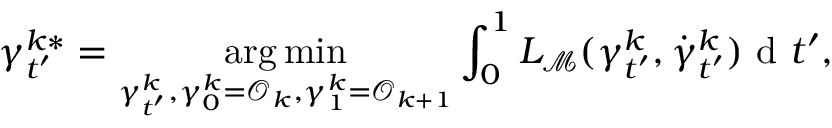
\gamma _ { t ^ { \prime } } ^ { k * } = \underset { \gamma _ { t ^ { \prime } } ^ { k } , \gamma _ { 0 } ^ { k } = \mathcal { O } _ { k } , \gamma _ { 1 } ^ { k } = \mathcal { O } _ { k + 1 } } { \arg \operatorname* { m i n } } \int _ { 0 } ^ { 1 } L _ { { \mathcal { M } } } ( \gamma _ { t ^ { \prime } } ^ { k } , \dot { \gamma } _ { t ^ { \prime } } ^ { k } ) \mathrm { ~ d ~ } t ^ { \prime } ,